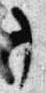
了